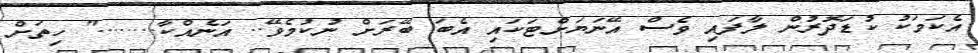
އެކަމަކު ކުޑަދޮރުން ލާފައި ވެސް އޭނަޔަށްޓަކައި އެބަ ބޭރަށް ނުކުމެވޭ.. އަނެއްކާ........" ހިތަށް